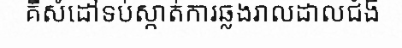
គឺសំដៅទប់ស្កាត់ការឆ្លងរាលដាលជំងឺ